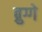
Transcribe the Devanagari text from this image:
ब्रुग्गे